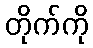
တိုက်ကို